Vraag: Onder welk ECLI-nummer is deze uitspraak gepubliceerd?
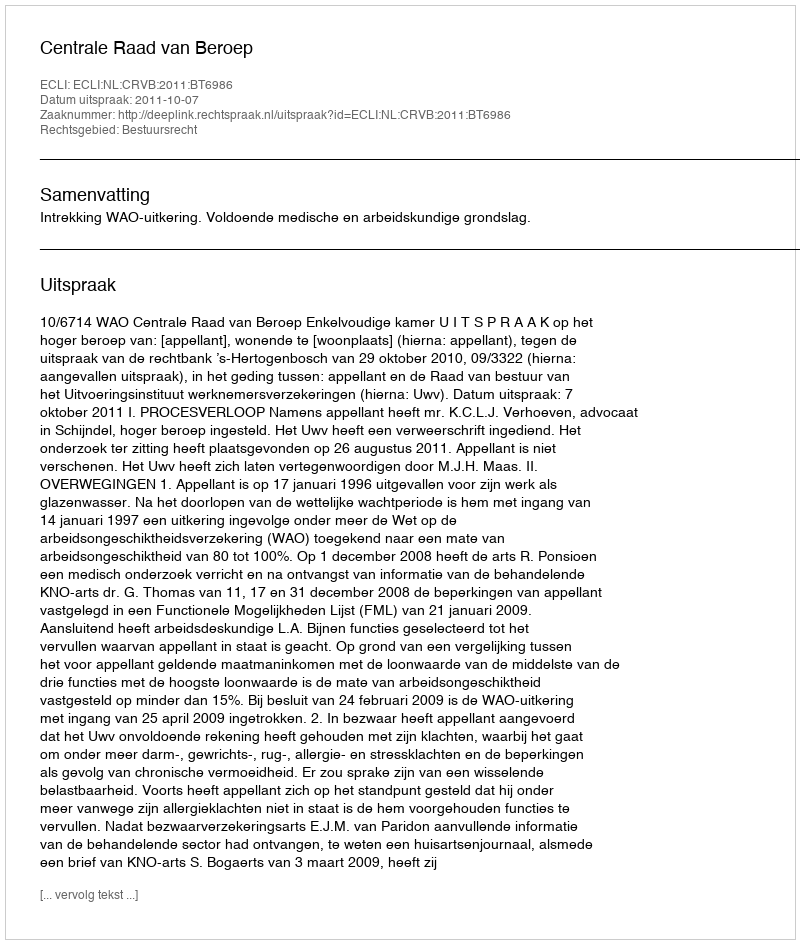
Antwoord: ECLI:NL:CRVB:2011:BT6986